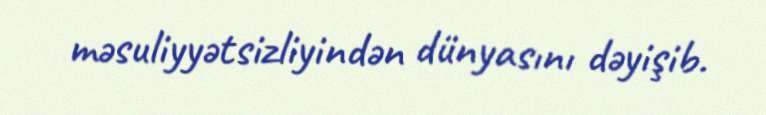
məsuliyyətsizliyindən dünyasını dəyişib.